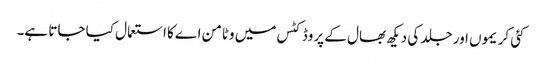
کئی کریموں اور جلد کی دیکھ بھال کے پروڈکٹس میں وٹامن اے کا استعمال کیا جاتا ہے۔